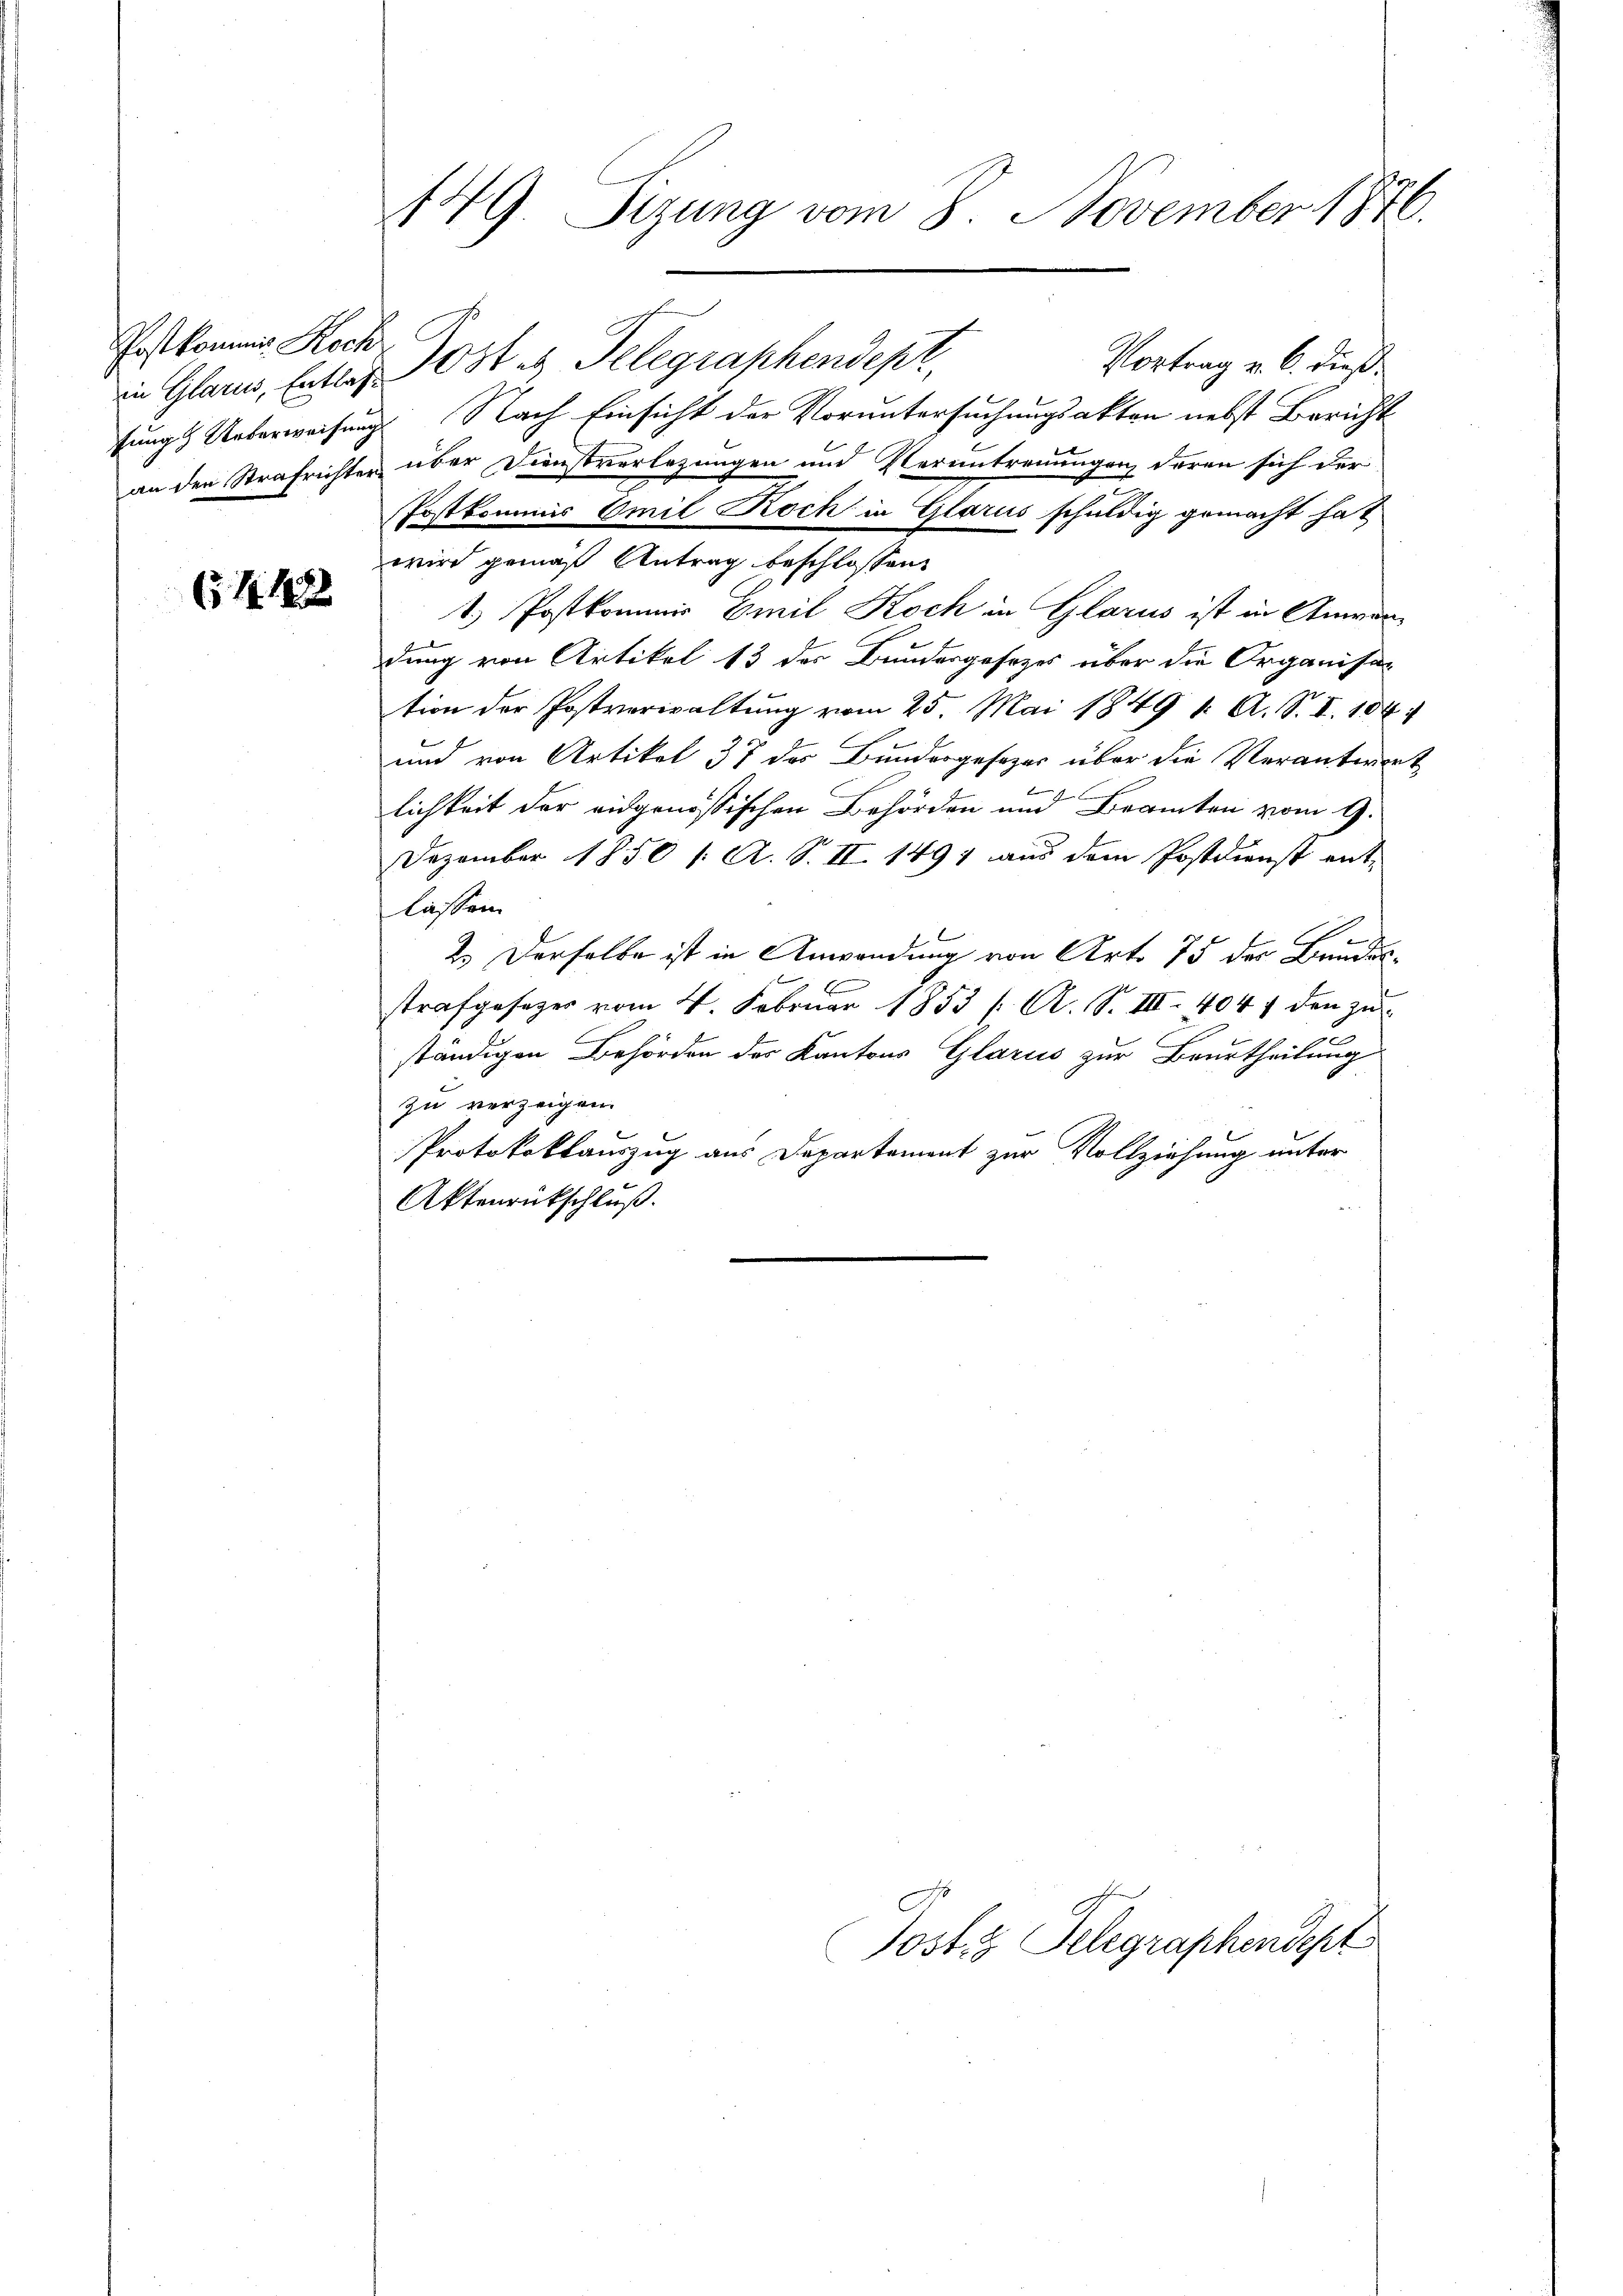
Postkommis Koch
in Glarus, Entlas¬

654. 183

Post u. Telegraphendepr
Vortrag v. 6. dieß
sungs Unterweisung Nach Einsicht der Voruntersuchungsakten nebst Bericht
an den Strafrichter über Dienstverlegungen und Verantrennungen deren sich der
Postkommis Emil Roch in Glarus schuldig gemacht hat
wird gemäß Antrag beschlossen
1) Postkommis Emil Koch in Glarus ist in Anwendung von Artikel 13 des Bundergesezes über die Organisa
tion der Postverwaltung vom 25. Mai 1849 1. A. S. I. 104.
und von Artikel 37 des Bundesgesezes über die Verantwort
lichkeit der eidgenößischen Behörden und Beamten vom 9.
Dezember 1850 /: A. S. II. 1497 aus dem Postdienst ent-
lassen.
2.) Derselbe ist in Anwendung von Art. 75 der Bundes¬
E
strafgesezes vom 4. Februar 1853 (: A. S. III. 404 f den zŭ-
ständigen Behörden des Kantons Glarus zur Beurtheilung
zu verzeigen.
Protokollauszug aus Departement zur Vollziehung unter
Aktenrückschluß.

149 Sizung vom 8. November 1876.

Postis Telegraphendet